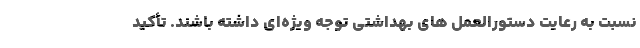
نسبت به رعایت دستورالعمل های بهداشتی توجه ویژه‌ای داشته باشند. تأکید